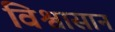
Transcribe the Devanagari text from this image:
विश्वासानं